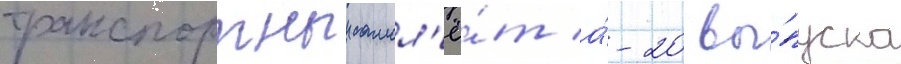
транспортныи самол'ё́т а́-20 вы́пуска